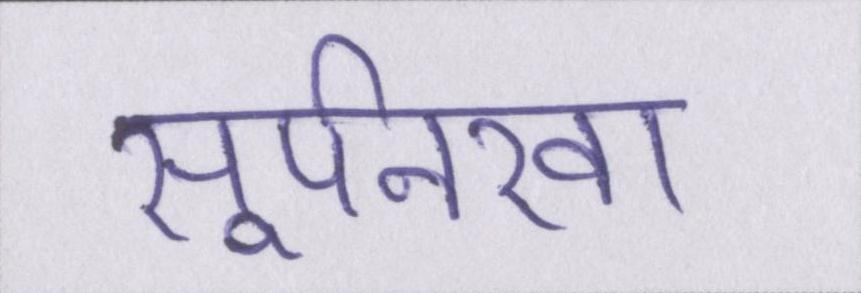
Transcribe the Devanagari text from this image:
सूर्पनखा